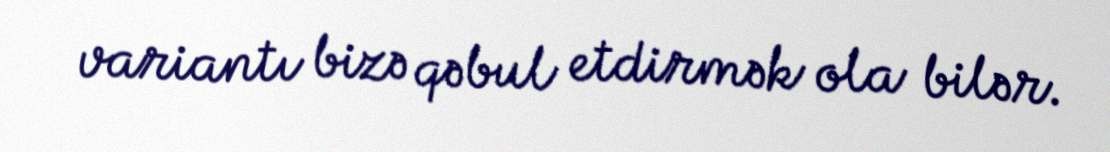
variantı bizə qəbul etdirmək ola bilər.